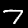
Digit: 7